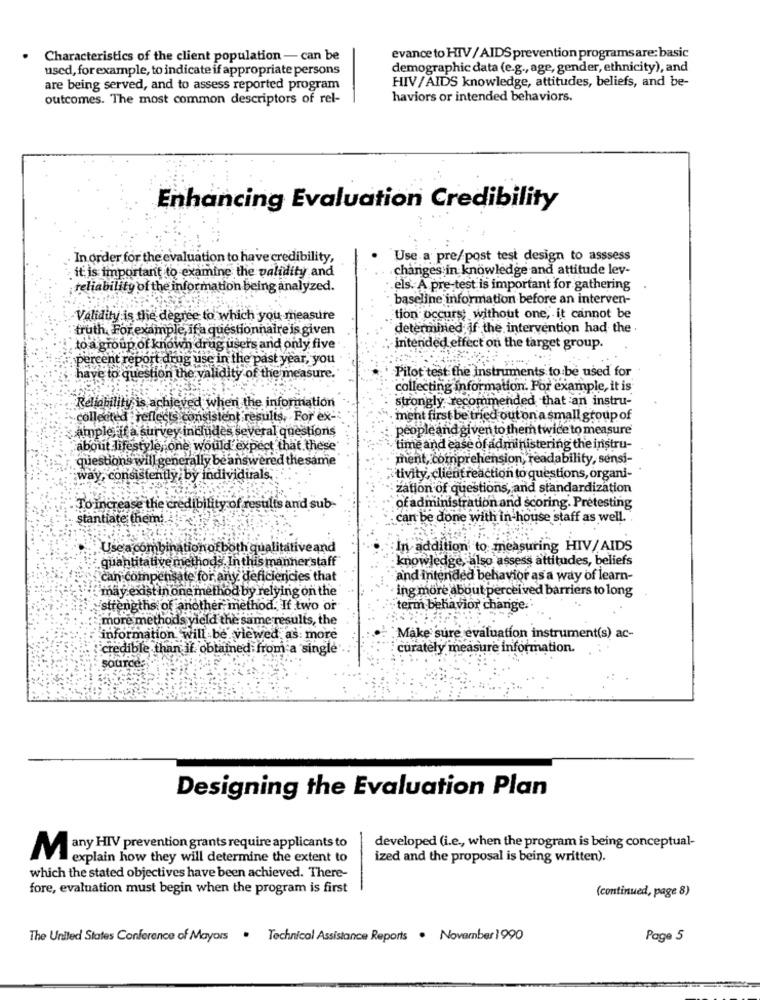
Characteristics of the client population - can be
evance to HIV / AIDS prevention programsare: basic
used, forexample, to indicate if appropriate persons
demographic data (e.g ., age, gender, ethnicity), and
HIV/AIDS knowledge, attitudes, beliefs, and be-
are being served, and to assess reported program
outcomes. The most common descriptors of rel-
haviors or intended behaviors.
Enhancing Evaluation Credibility
In order for the evaluation to have credibility,
Use a pre/post test design to asssess
it is important to examine the validity and
changes in knowledge and attitude lev-
reliability of the information being analyzed.
els. A pre-test is important for gathering
baseline information before an interven-
· Validity is the degree to which you measure
tion occurs; without one, it cannot be
truth, For example, if a questionnaire is given
determined if the intervention had the
to a group of known drug users and only five
intended effect on the target group.
percent report drug use in the past year, you
Pilot test the instruments to be used for
have to question the validity of the measure.
collecting information. For example, it is
Reliability is achieved when the information
strongly recommended that an instru-
collected reflects consistent results, For ex-
ment first be tried out on a small group of
ample if a survey includes several questions
people and given to them twice to measure
about lifestyle;one would expect that these
time and ease of administering the instru-
questions will generally be answered thesame
ment, comprehension, readability, sensi-
way, consistently by individuals.
tivity, client reaction to questions, organi-
· zation of questions, and standardization
To increase the credibility of results and sub-
of administration and scoring. Pretesting
stantiate themi.
can be done with in-house staff as well.
Use a combinationof both qualitative and
In addition to measuring HIV/AIDS
quantitative methods, In this manner staff
knowledge also assess attitudes, beliefs
can compensate for any deficiencies that
and intended behavior as a way of learn-
'may exist in one method by relying on the
· ing more about perceived barriers to long
strengths of another method. If two or
term behavior change
more methods yield the same results, the
information will be viewed, as more
"Make sure evaluation instrument(s) ac-
credible than if obtained from a single'
curately measure information.
source:
Designing the Evaluation Plan
developed (i.e ., when the program is being conceptual-
Many HIV prevention grants require applicants to
explain how they will determine the extent to
ized and the proposal is being written).
which the stated objectives have been achieved. There-
fore, evaluation must begin when the program is first
(continued, page 8)
The United States Conference of Mayors . Technical Assistance Reports . November 1990
Page 5